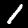
Label: 1